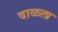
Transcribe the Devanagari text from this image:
वाळला